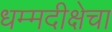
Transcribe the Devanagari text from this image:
धम्मदीक्षेचा